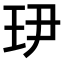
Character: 𤣹